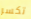
تكسر